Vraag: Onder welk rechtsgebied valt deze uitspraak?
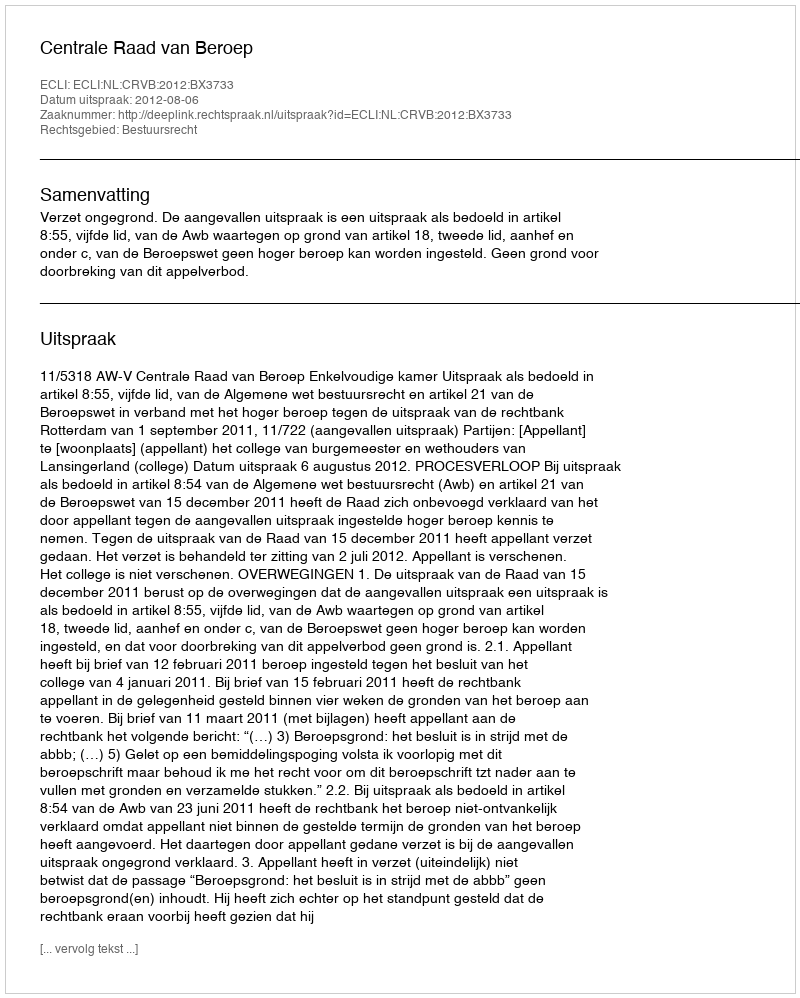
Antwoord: Bestuursrecht